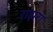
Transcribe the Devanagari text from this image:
राझरा